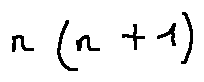
n ( n + 1 )